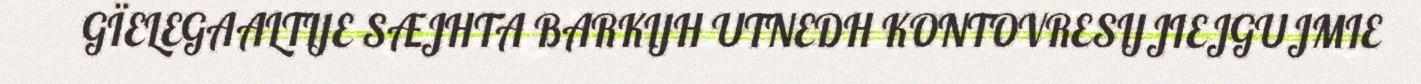
GÏELEGAALTIJE SÆJHTA BARKIJH UTNEDH KONTOVRESIJJIEJGUJMIE